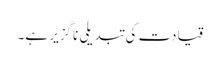
قیادت کی تبدیلی ناگزیر ہے۔